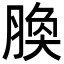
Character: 𦝝